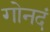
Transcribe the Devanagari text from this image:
गोनदं